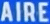
AIRE